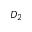
D _ { 2 }